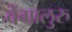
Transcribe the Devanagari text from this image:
बेंगालुरु